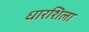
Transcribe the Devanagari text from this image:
धारशिला